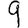
Digit: 9